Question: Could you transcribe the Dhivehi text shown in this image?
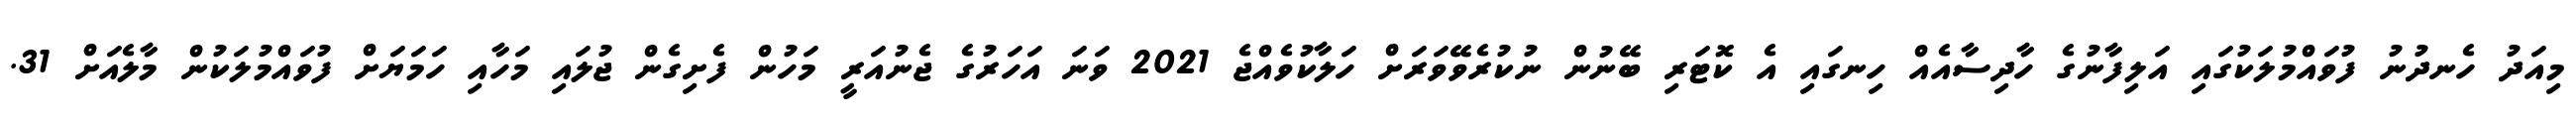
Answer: މިއަދު ހެނދުނު ފުވައްމުލަކުގައި އަލިފާނުގެ ހާދިސާއެއް ހިނގައި އެ ކޮޓަރި ބޭނުން ނުކުރެވޭވަރަށް ހަލާކުވެއްޖެ 2021 ވަނަ އަހަރުގެ ޖެނުއަރީ މަހުން ފެށިގެން ޖުލައި މަހާއި ހަމަޔަށް ފުވައްމުލަކުން މާލެއަށް 31.